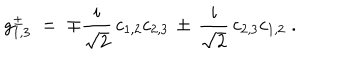
g _ { 1 , 3 } ^ { \pm } \; = \; \mp \frac { i } { \sqrt { 2 } } \, c _ { 1 , 2 } c _ { 2 , 3 } \, \pm \, \frac { i } { \sqrt { 2 } } \, c _ { 2 , 3 } c _ { 1 , 2 } \; .